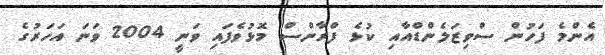
އެންމެ ފަހުން ސްވިޒަލެންޑްއާއި ކުޅެ ފްރާންސް މޮޅުވެފައި ވަނީ 2004 ވަނަ އަހަރުގެ